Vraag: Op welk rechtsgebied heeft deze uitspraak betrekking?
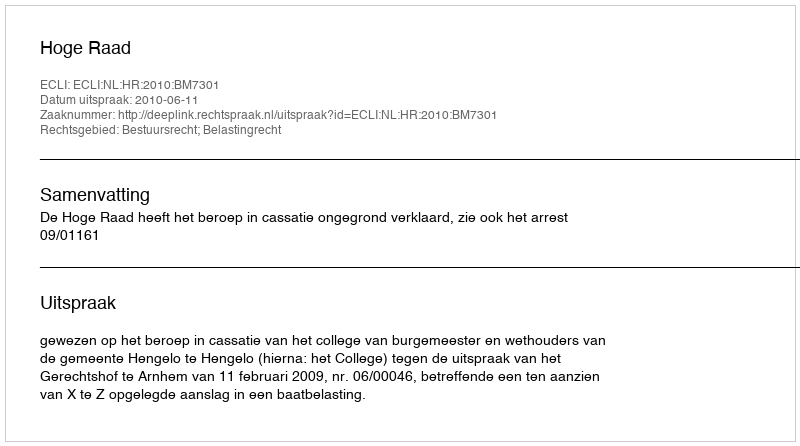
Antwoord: Bestuursrecht; Belastingrecht